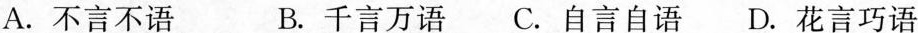
A.不言不语 B.千言万语 C.自言自语D.花言巧语